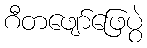
ဂီတဖျော်ဖြေပွဲ